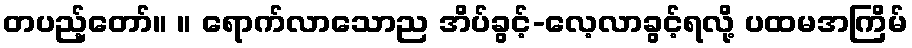
တပည့်တော်။ ။ ရောက်လာသောည အိပ်ခွင့်-လေ့လာခွင့်ရလို့ ပထမအကြိမ်